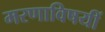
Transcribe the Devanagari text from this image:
मरणाविषयीं